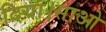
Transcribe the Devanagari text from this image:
दिया।साओ